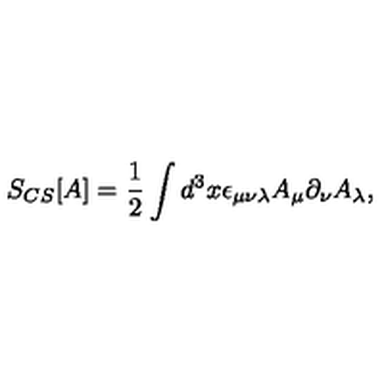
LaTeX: S _ { C S } [ A ] = \frac { 1 } { 2 } \int d ^ { 3 } x \epsilon _ { \mu \nu \lambda } A _ { \mu } \partial _ { \nu } A _ { \lambda } ,